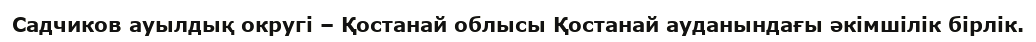
Садчиков ауылдық округі – Қостанай облысы Қостанай ауданындағы әкімшілік бірлік.